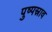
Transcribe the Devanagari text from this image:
पुष्पस्राव